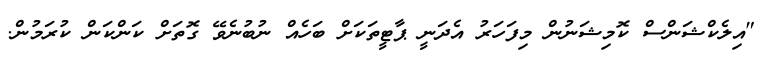
"އިލެކްޝަންސް ކޮމިޝަނުން މިފަހަރު އެދަނީ ޕާޓީތަކަށް ބަހެއް ނުބުނެވޭ ގޮތަށް ކަންކަން ކުރަމުން.